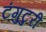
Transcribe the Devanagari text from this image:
टंगुटुरी